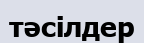
тәсілдер